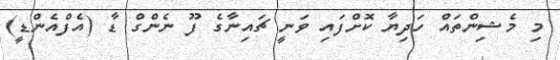
މި މެޝިންތައް ހަދިޔާ ކޮށްފައި ވަނީ ޗައިނާގެ ފޫ ނެންގް ޑާ (އެފްއެންޑީ)